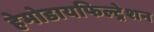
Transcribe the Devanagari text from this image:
हेमोडायफिल्ट्रेशन